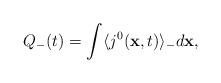
LaTeX: \begin{align*}Q_{-}(t)= \int \langle j^{0}({\bf x},t)\rangle _{-}d{\bf x}, \end{align*}